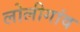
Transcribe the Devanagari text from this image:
लोलीगांव